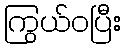
ကြွယ်ဝပြီး